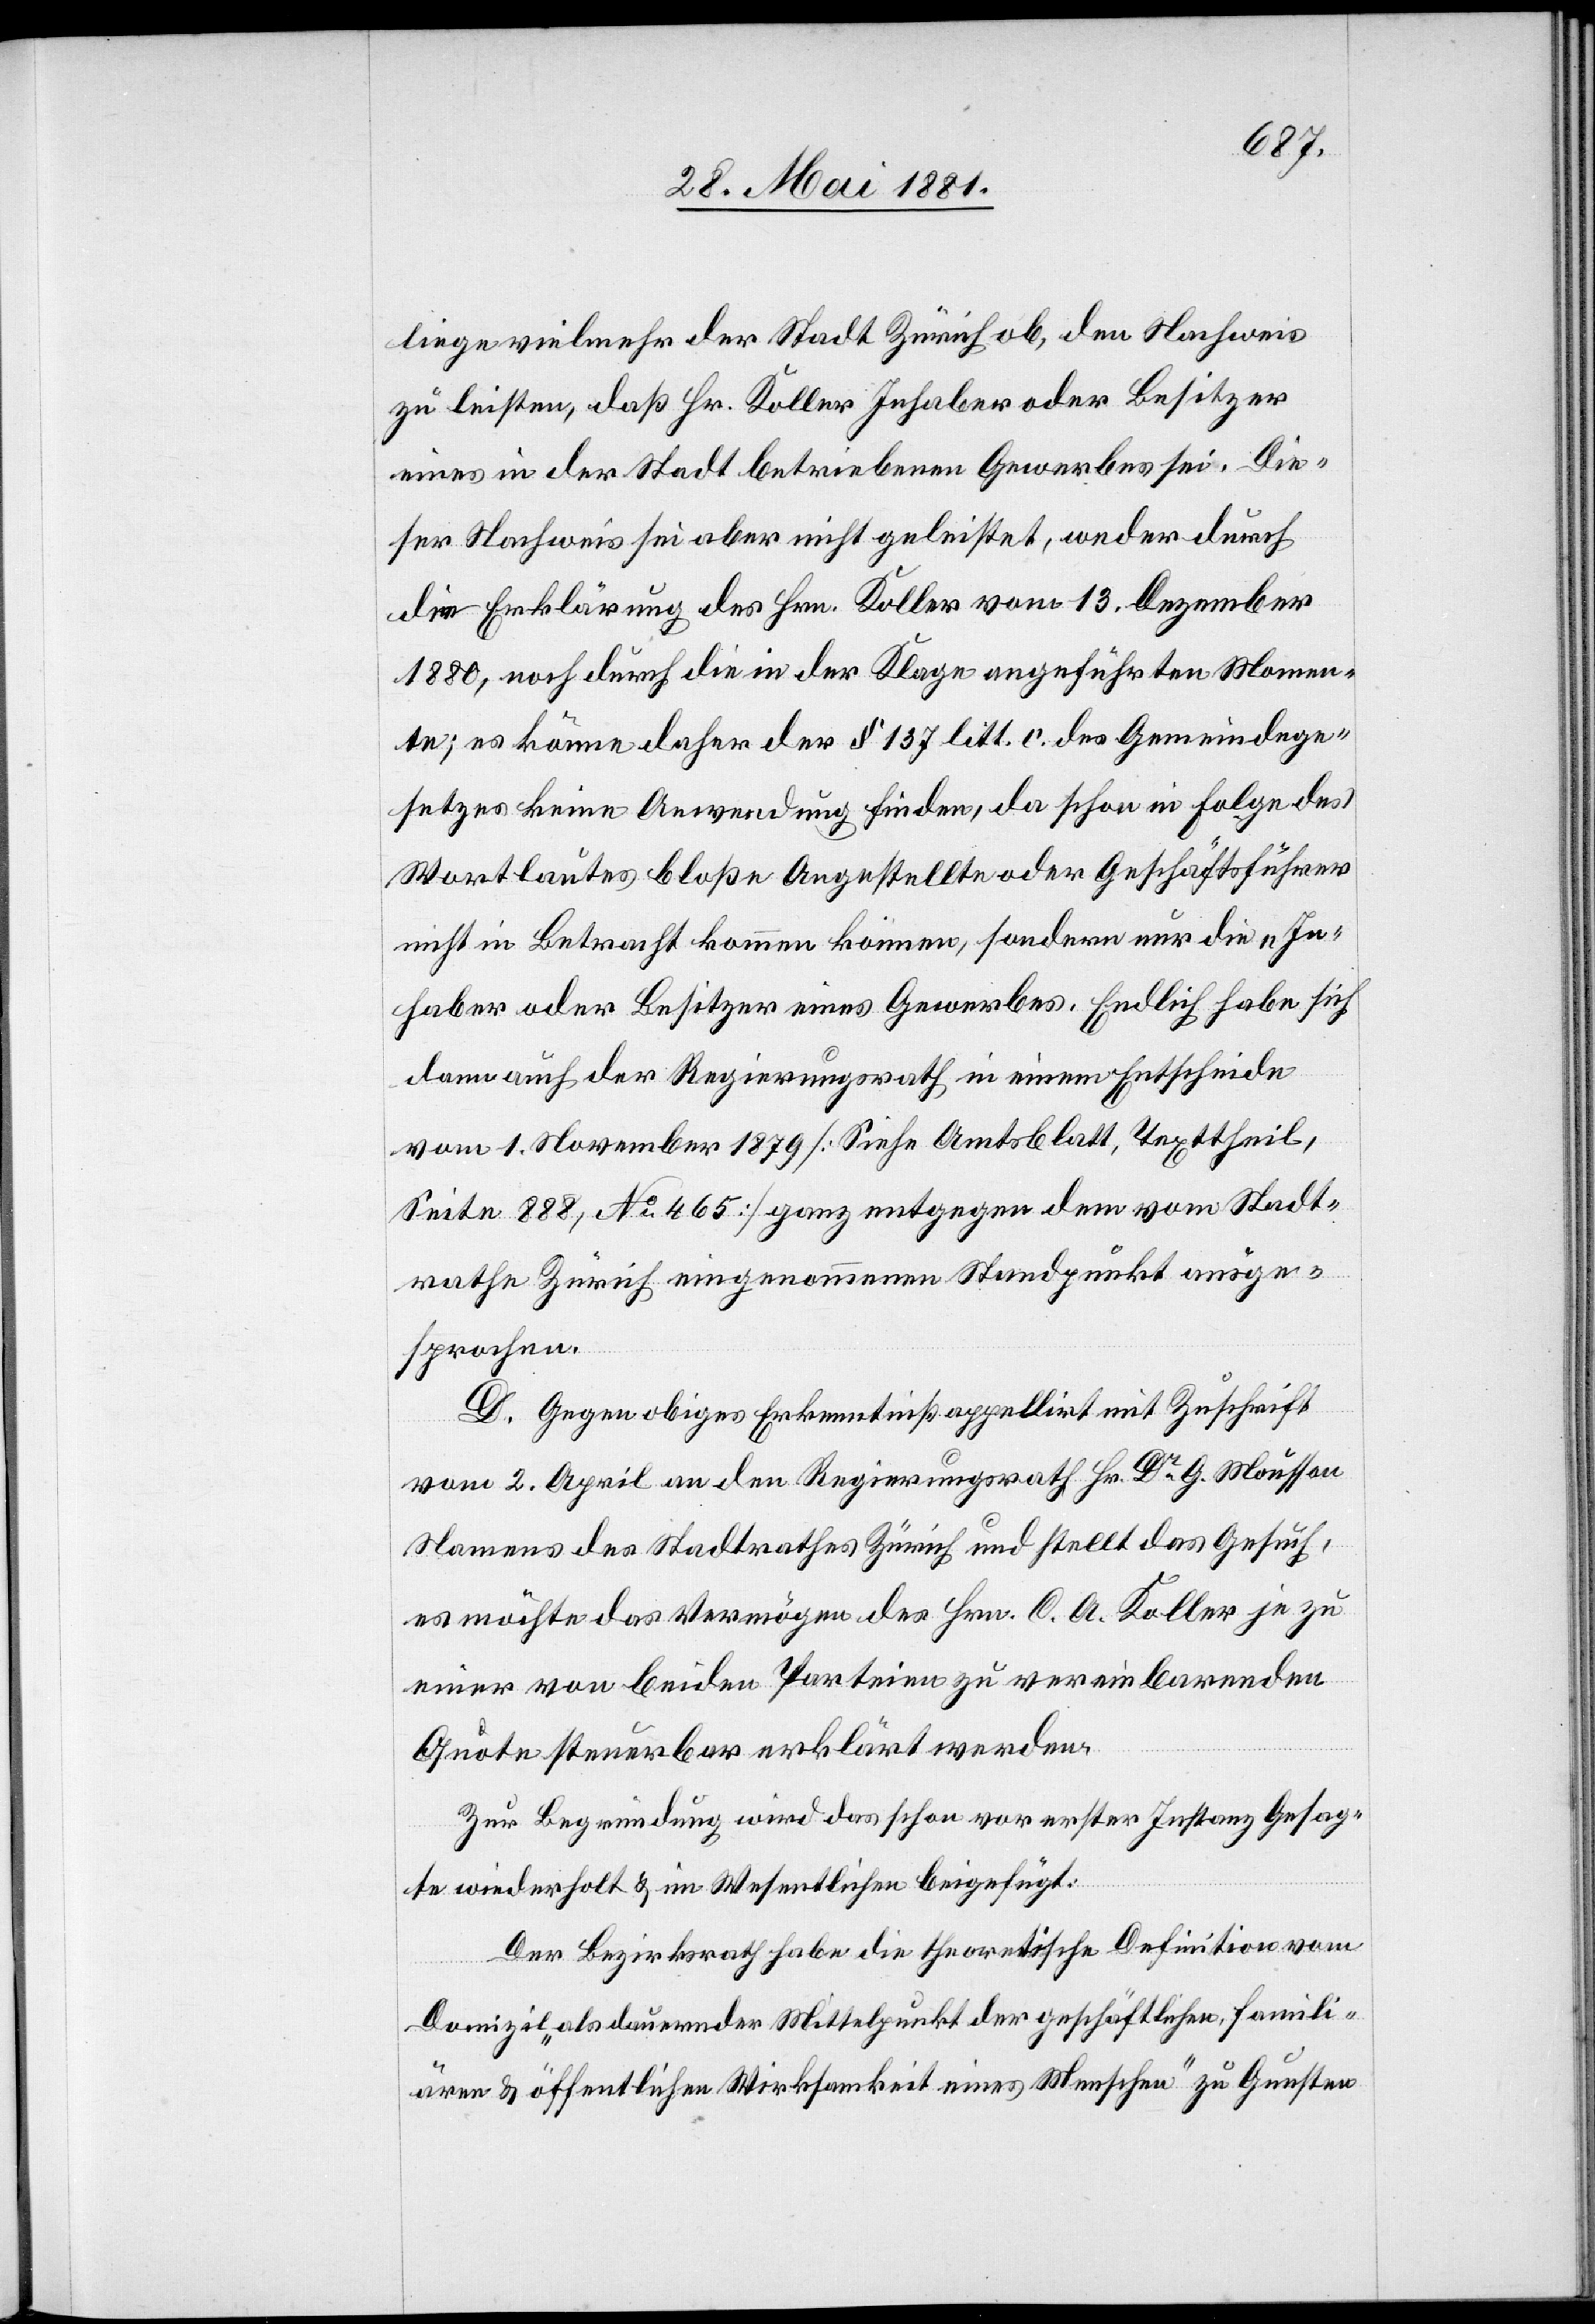
liege vielmehr der Stadt Zürich ob, den Nachweis
zu leisten, daß Hr. Koller Inhaber oder Besitzer
eines in der Stadt betriebenen Gewerbes sei. Die¬
ser Nachweis sei aber nicht geleistet, weder durch
die Erklärung des Hrn. Koller vom 13. Dezember
1880, noch durch die in der Klage angeführten Momen¬
te; es könne daher der § 137 litt. c. des Gemeindege¬
setzes keine Anwendung finden, da schon in Folge des
Wortlautes bloße Angestellte oder Geschäftsführer
nicht in Betracht kommen können, sondern nur die „In¬
haber oder Besitzer eines Gewerbes. Endlich habe sich
dann auch der Regierungsrath in einem Entscheide
vom 1. November 1870 [Siehe Amtsblatt, Texttheil,
Seite 888, No 465] ganz entgegen dem vom Stadt¬
rathe Zürich eingenommenen Standpunkt ausge¬
sprochen.
D. Gegen obiges Erkenntniß appellirt mit Zuschrift
vom 2. April an den Regierungsrath Hr. Dr G. Mousson
Namens des Stadtrathes Zürich und stellt das Gesuch,
es möchte das Vermögen des Hrn. C. A. Koller je zu
einer von beiden Parteien vereinbarenden
Quote steuerbar erklärt werden.
Zur Begründung wird das schon vor erster Instanz Gesag¬
te wiederholt & im Wesentlichen beigefügt:
Der Bezirksrath habe die theoretische Definition vom
Domizil „als dauernder Mittelpunkt der geschäftlichen, famili¬
ären & öffentlichen Wirksamkeit eines Menschen“ zu Gunsten